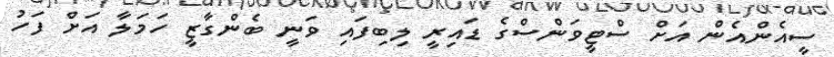
ސީއެންއެން އަށް ސްޓީވަންސްގެ ޑައިރީ ލިބިފައި ވަނީ ބެންގާޒީ ހަމަލާ އަށް ފަހު